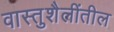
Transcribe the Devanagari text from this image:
वास्तुशैलींतील